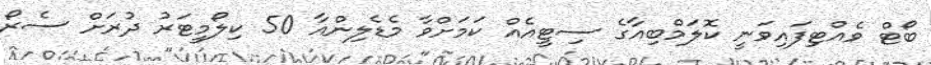
ބޯޓް ވެއްޓިފައިވަނީ ކޮލަމްބިއާގެ ސިޓީއެއް ކަމަށްވާ މެޑެލިންއާ 50 ކިލޯމީޓަރު ދުރަށް ސެރޯ